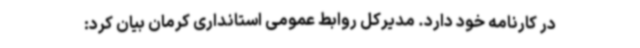
در کارنامه خود دارد. مدیرکل روابط عمومی استانداری کرمان بیان کرد: